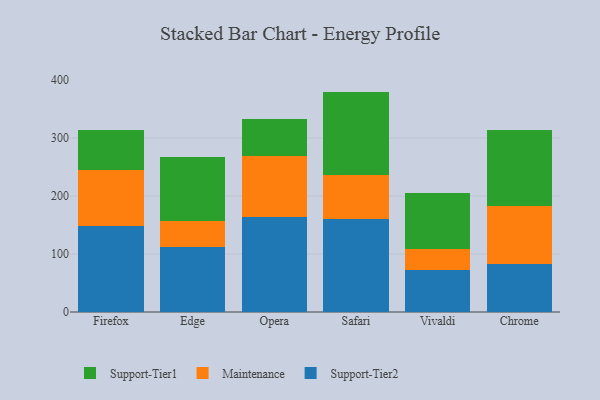
{"axis": {"x": "Browser", "y": "Operating Costs (USD K)"}, "legend": ["Maintenance", "Support-Tier1", "Support-Tier2"], "data": [{"x": "Firefox", "y": 149.1, "type": "Support-Tier2"}, {"x": "Firefox", "y": 95.3, "type": "Maintenance"}, {"x": "Firefox", "y": 69.3, "type": "Support-Tier1"}, {"x": "Edge", "y": 111.4, "type": "Support-Tier2"}, {"x": "Edge", "y": 46.4, "type": "Maintenance"}, {"x": "Edge", "y": 110.3, "type": "Support-Tier1"}, {"x": "Opera", "y": 163.4, "type": "Support-Tier2"}, {"x": "Opera", "y": 104.8, "type": "Maintenance"}, {"x": "Opera", "y": 64.0, "type": "Support-Tier1"}, {"x": "Safari", "y": 160.3, "type": "Support-Tier2"}, {"x": "Safari", "y": 76.8, "type": "Maintenance"}, {"x": "Safari", "y": 143.0, "type": "Support-Tier1"}, {"x": "Vivaldi", "y": 71.7, "type": "Support-Tier2"}, {"x": "Vivaldi", "y": 37.1, "type": "Maintenance"}, {"x": "Vivaldi", "y": 95.9, "type": "Support-Tier1"}, {"x": "Chrome", "y": 82.4, "type": "Support-Tier2"}, {"x": "Chrome", "y": 101.1, "type": "Maintenance"}, {"x": "Chrome", "y": 129.9, "type": "Support-Tier1"}]}